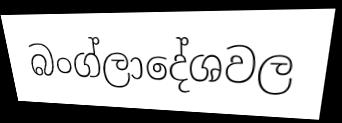
බංග්ලාදේශවල